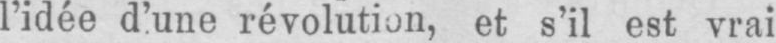
l’idée d’une révolution, et s’il est vrai